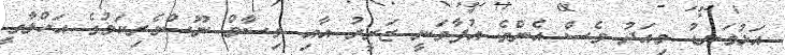
އަޅުގަނޑު މިއަދު ވެސް އެންމެ އުފާވަނީ ޒަރީރު އާއި ވިސާމް ނޫސްވެރިކަމުގެ އަހްލާގީ